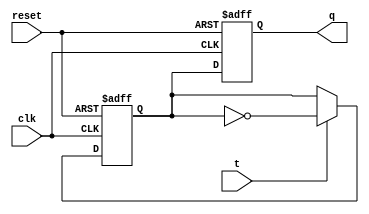
module t_flip_flop (
    input wire clk,       // Clock input
    input wire reset,     // Reset input
    input wire t,         // T input
    output reg q          // Output
);

reg d;

// Master flip-flop
always @(posedge clk or posedge reset)
begin
    if (reset)
        d <= 1'b0;
    else if (t)
        d <= ~d;
end

// Slave flip-flop
always @(negedge clk or posedge reset)
begin
    if (reset)
        q <= 1'b0;
    else
        q <= d;
end

endmodule